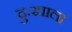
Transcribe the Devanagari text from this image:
दुःखाला